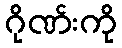
ဂိုဏ်းကို